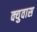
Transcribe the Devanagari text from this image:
क्युवास